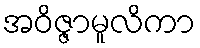
အဝိဇ္ဇာမူလိကာ